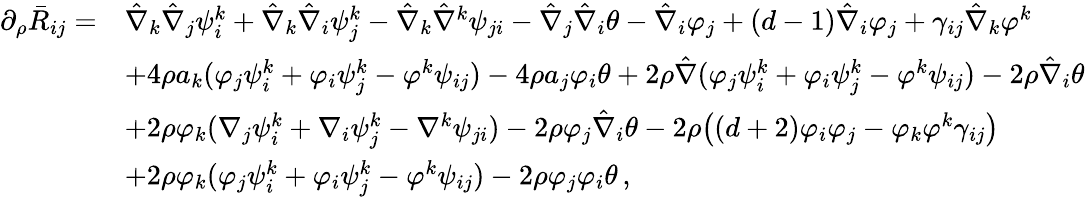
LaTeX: \begin{array}{rl}{\partial_{\rho}\bar{R}_{ij}=}&{\hat{\nabla}_{k}\hat{\nabla}_{j}\psi^{k}_{i}+\hat{\nabla}_{k}\hat{\nabla}_{i}\psi_{j}^{k}-\hat{\nabla}_{k}\hat{\nabla}^{k}\psi_{ji}-\hat{\nabla}_{j}\hat{\nabla}_{i}\theta-\hat{\nabla}_{i}\varphi_{j}+(d-1)\hat{\nabla}_{i}\varphi_{j}+\gamma_{ij}\hat{\nabla}_{k}\varphi^{k}}\\ &{+4\rho a_{k}(\varphi_{j}\psi^{k}_{i}+\varphi_{i}\psi^{k}_{j}-\varphi^{k}\psi_{ij})-4\rho a_{j}\varphi_{i}\theta+2\rho\hat{\nabla}(\varphi_{j}\psi^{k}_{i}+\varphi_{i}\psi^{k}_{j}-\varphi^{k}\psi_{ij})-2\rho\hat{\nabla}_{i}\theta}\\ &{+2\rho\varphi_{k}(\nabla_{j}\psi^{k}_{i}+\nabla_{i}\psi_{j}^{k}-\nabla^{k}\psi_{ji})-2\rho\varphi_{j}\hat{\nabla}_{i}\theta-2\rho\big((d+2)\varphi_{i}\varphi_{j}-\varphi_{k}\varphi^{k}\gamma_{ij}\big)}\\ &{+2\rho\varphi_{k}(\varphi_{j}\psi^{k}_{i}+\varphi_{i}\psi^{k}_{j}-\varphi^{k}\psi_{ij})-2\rho\varphi_{j}\varphi_{i}\theta\, ,}\end{array}